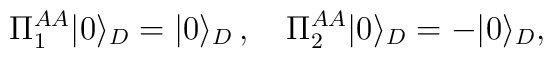
\Pi_1^{AA}| 0 \rangle_D= |0 \rangle_D\,,\quad\Pi_2^{AA}|0\rangle_D = -|0\rangle_D, \quad